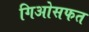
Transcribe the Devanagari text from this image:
गिओसफत